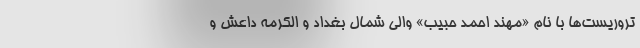
تروریست‌ها با نام «مهند احمد حبیب» والی شمال بغداد و الکرمه داعش و